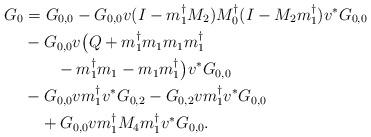
LaTeX: \begin{align*}G_0&=G_{0,0}-G_{0,0}v(I-m_1^\dagger M_2)M_0^\dagger (I- M_2m_1^\dagger)v^*G_{0,0}\\&-G_{0,0}v\bigl(Q+m_1^\dagger m_1m_1m_1^\dagger\\&\qquad-m_1^\dagger m_1-m_1 m_1^\dagger \bigr)v^*G_{0,0}\\&-G_{0,0}vm_1^\dagger v^*G_{0,2}-G_{0,2}vm_1^\dagger v^*G_{0,0}\\&\quad+G_{0,0}vm_1^\dagger M_4m_1^\dagger v^*G_{0,0}.\end{align*}